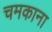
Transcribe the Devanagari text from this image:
चमकाना